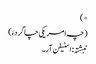
*)
(چہ امریکی چاگردءَ)
نبشتہ : اسٹیفن آر۔